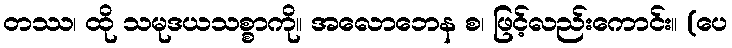
တဿ၊ ထို သမုဒယသစ္စာကို။ အလောဘေန စ၊ ဖြင့်လည်းကောင်း။ (ပေ